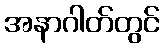
အနာဂါတ်တွင်